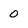
Character: 0